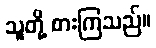
သူတို့ စားကြသည်။